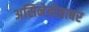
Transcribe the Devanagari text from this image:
असिनेतोताबर